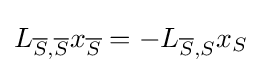
L_{{\overline {S}},{\overline {S}}}x_{\overline {S}}=-L_{{\overline {S}},S}x_{S}